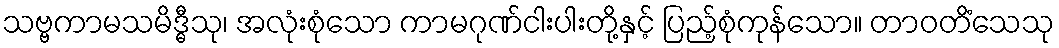
သဗ္ဗကာမသမိဒ္ဓီသု၊ အလုံးစုံသော ကာမဂုဏ်ငါးပါးတို့နှင့် ပြည့်စုံကုန်သော။ တာဝတိံသေသု